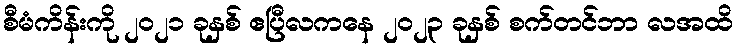
စီမံကိန်းကို ၂၀၂၁ ခုနှစ် ဧပြီလကနေ ၂၀၂၃ ခုနှစ် စက်တင်ဘာ လအထိ